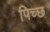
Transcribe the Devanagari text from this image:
पिच्छ